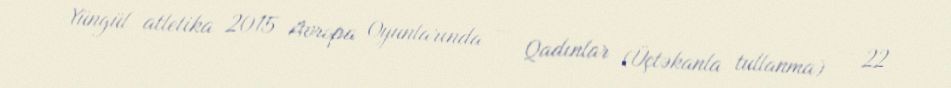
Yüngül atletika 2015 Avropa Oyunlarında — Qadınlar (Üçtəkanla tullanma) — 22